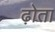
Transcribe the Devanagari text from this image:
ढ़ोता